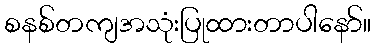
စနစ်တကျအသုံးပြုထားတာပါနော်။